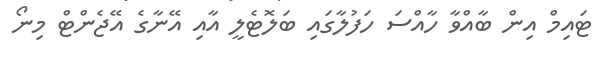
ޓައިމް އިން ބާއްވާ ހާއްސަ ހަފުލާގައި ބަލޮޓެލީ އާއި އޭނާގެ އޭޖެންޓް މިނޯ